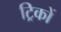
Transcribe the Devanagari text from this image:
ट्रिकों